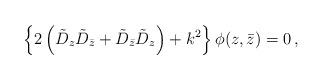
LaTeX: \begin{align*}\left\{2\left(\tilde{D}_z\tilde{D}_{\bar{z}}+\tilde{D}_{\bar{z}}\tilde{D}_z\right)+k^2\right\}\phi(z,\bar{z})=0\, ,\end{align*}